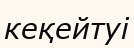
кеқейтуі